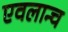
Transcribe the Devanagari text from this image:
एवलान्च